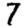
Digit: 7